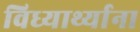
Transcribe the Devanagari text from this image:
विध्यार्थ्याना